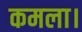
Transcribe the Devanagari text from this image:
कमला।